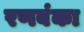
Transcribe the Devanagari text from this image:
रणबंका